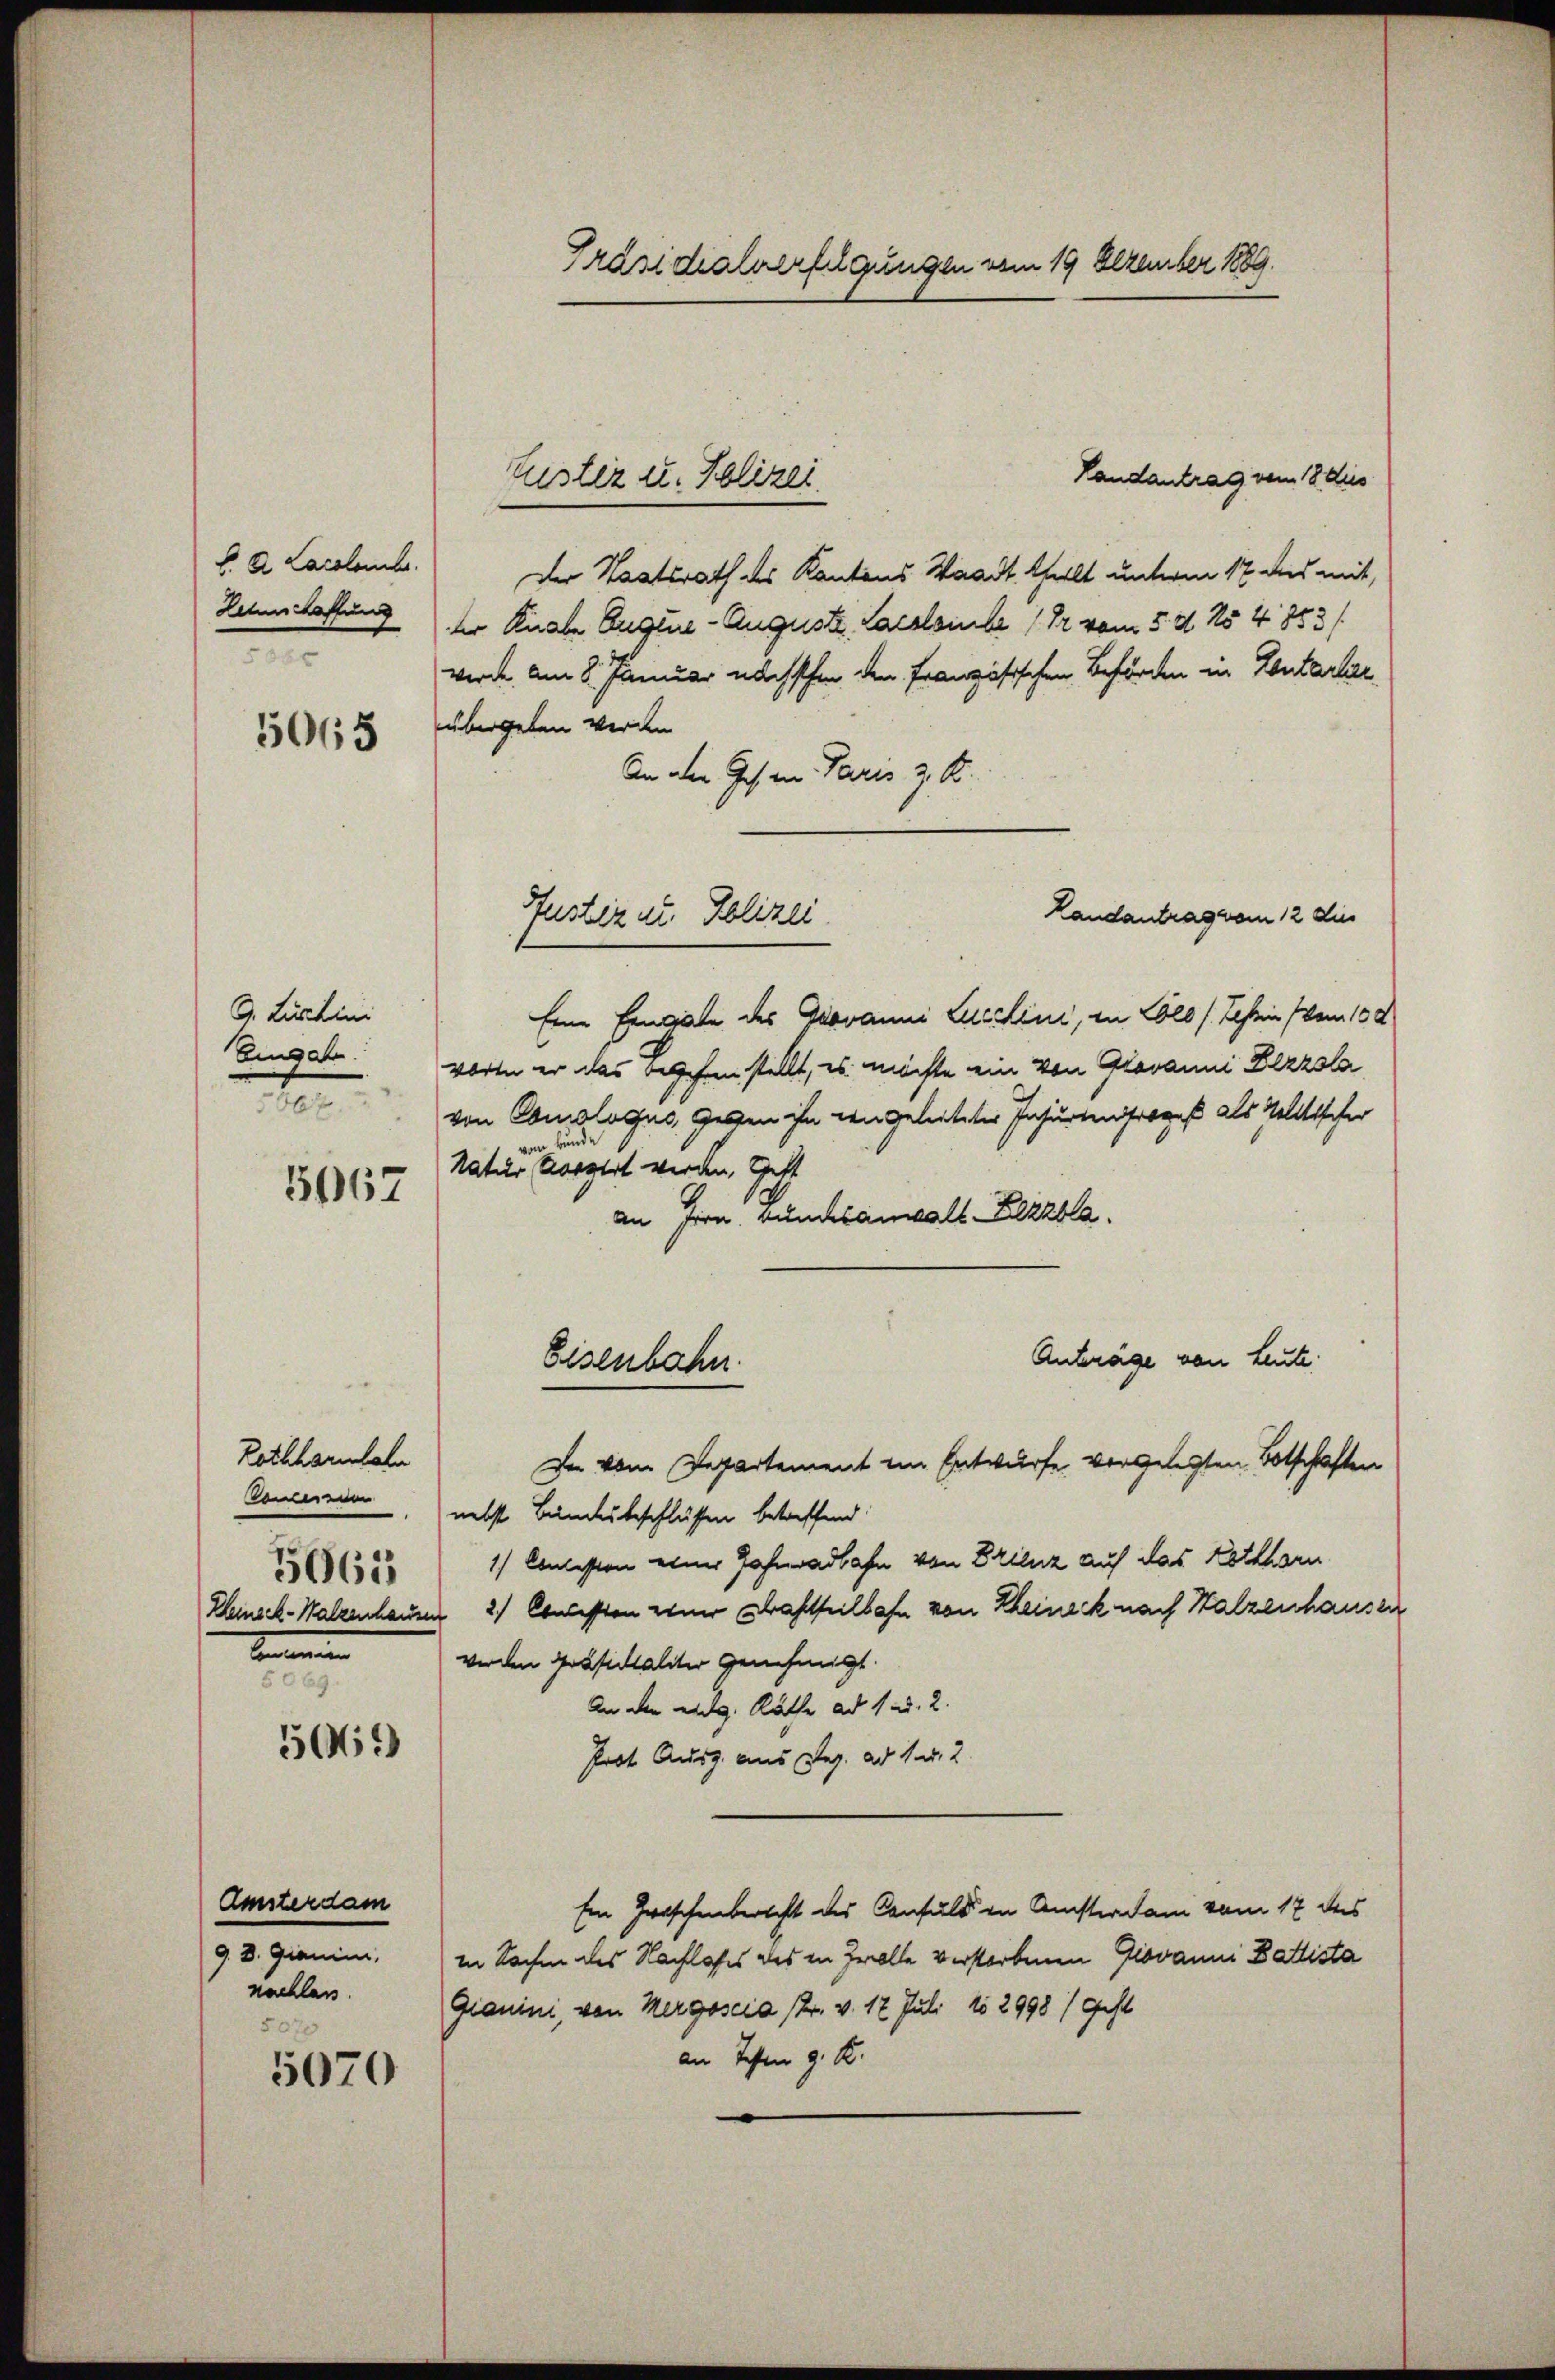
L. A. Larolembr.
Lehnschaffung
36x

5065

D. Lucchini
Eingeh
t

5667

Rothhormale
o
5665
Kleineck-Walzenhause
Ernennen

56.)

Amsterdam
9. d. Gianim
nachlass.
507

5070

Präsidialverfügungen vom 19 Dezember 1889.

Handantrag vom 18. dies
Der Staatsrath des Kantons Waadt, theilt unterm 17 des mit,
der Knabe Eugene - Auguste Sachleibe (Dr. vom 5. d. 154 883/
werde. Am 8. Januar nächstchen den Französischen Beförden in Kontartae
übergeben werden.
An die Ges an Paris z. S.
Eine Eingabe des Jovanni Lieslini, in Kolb / Schrein (vom 15 d
voren er das beschen stellt, es möchte ein von Giovanni Dezzsla
von Canalogus, geben ihn angeleiteter Insurten ihrens als Weltischer
Nationen ergert werden, Gest
se
an Irrn. Bundesanwalt- Lezzbla
Anträge von Leute.
Eisenbahn
Der vom Departement im Entwurfe vorgelegten Botschaften
nebst Bundesbeschlüssen betreffend
1) Concession einer Zahnadbahn von Erzienz auf das Ketthorn
2) Concession einer Gastheilbahn von Rheineck nach Halzenhausen
werden Präsidialiter genehmigt.
An der eidg. Räthe ad 1. d. 2.
Prot. Ausz. aus Reg. ad 1. 2.
Ein Zwischenbericht des Consuls in Ansterdam vom 17 des
in Sachen des Nachlafes des in Zolle verstorbenen Giovanni Dattista
Gianini, von Mergoscia 12. v. 12 Juli 182998 / Gest
an Testen 9. K.

Luster u. Polizei.

Justiz u. Polizei

Landantrag vom 12 die